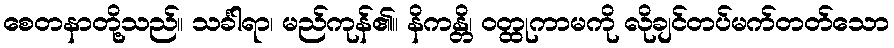
စေတနာတို့သည်။ သင်္ခါရာ၊ မည်ကုန်၏။ နိကန္တိ၊ ဝတ္ထုကာမကို လိုချင်တပ်မက်တတ်သော